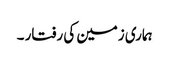
ہماری زمین کی رفتار ۔